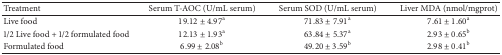
| Treatment | Serum T-AOC (U/mL serum) | Serum SOD (U/mL serum) | Liver MDA (nmol/mgprot) |
 | --- | --- | --- | --- |
 | Live food | 19.12 ± 4.97a | 71.83 ± 7.91a | 7.61 ± 1.60a |
 | 1/2 Live food + 1/2 formulated food | 12.13 ± 1.93a | 63.84 ± 5.37a | 2.93 ± 0.65b |
 | Formulated food | 6.99 ± 2.08b | 49.20 ± 3.59b | 2.98 ± 0.41b |